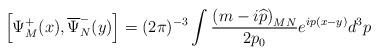
LaTeX: \begin{align*}\left[ \Psi _M^{+}(x),\overline{\Psi }_N^{-}(y)\right] =(2\pi )^{-3}\int\frac{\left( m-i\widehat{p}\right) _{MN}}{2p_0}e^{ip(x-y)}d^3p\end{align*}